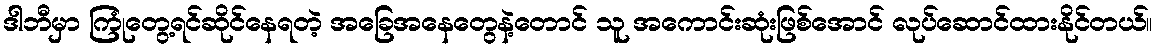
ဒါဘီမှာ ကြုံတွေ့ရင်ဆိုင်နေရတဲ့ အခြေအနေတွေနဲ့တောင် သူ အကောင်းဆုံးဖြစ်အောင် လုပ်ဆောင်ထားနိုင်တယ်။